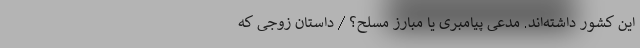
این کشور داشته‌اند. مدعی پیامبری یا مبارز مسلح؟ / داستان زوجی که